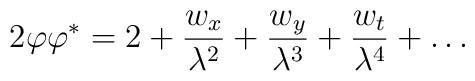
2 \varphi \varphi^* =	2 + \frac{w_x}{\lambda^2} +\frac{w_y}{\lambda^3} + \frac{w_t}{\lambda^4} + \dots